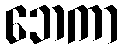
ဘေကာ